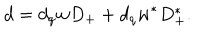
LaTeX: d = d _ { q } w D _ { + } + d _ { q } w ^ { \ast } D _ { + } ^ { \ast } .